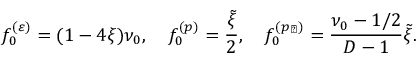
f _ { 0 } ^ { ( \varepsilon ) } = ( 1 - 4 \xi ) \nu _ { 0 } , \quad f _ { 0 } ^ { ( p ) } = \frac { \tilde { \xi } } { 2 } , \quad f _ { 0 } ^ { ( p _ { \perp } ) } = \frac { \nu _ { 0 } - 1 / 2 } { D - 1 } \tilde { \xi } .